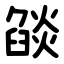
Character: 燄